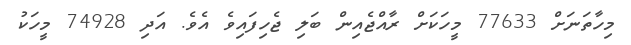
މިހާތަނަށް 77633 މީހަކަށް ރާއްޖެއިން ބަލި ޖެހިފައިވެ އެވެ. އަދި 74928 މީހަކު